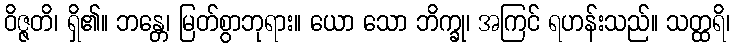
ဝိဇ္ဇတိ၊ ရှိ၏။ ဘန္တေ၊ မြတ်စွာဘုရား။ ယော သော ဘိက္ခု၊ အကြင် ရဟန်းသည်။ သတ္ထရိ၊